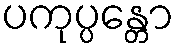
ပကုပ္ပန္တော